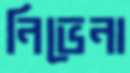
নিভেনা